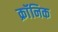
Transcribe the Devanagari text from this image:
क्राॅनिक